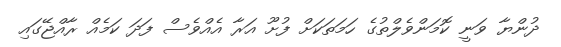
ދުންޔާ ވަނީ ކޮމަންވެލްތުގެ ހަމަތަކަށް ފުށޫ އަރާ އެއްވެސް ފަދަ ކަމެއް ރާއްޖޭގައި